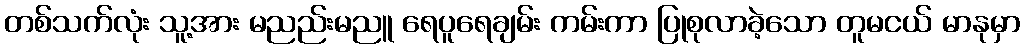
တစ်သက်လုံး သူ့အား မညည်းမညူ ရေပူရေချမ်း ကမ်းကာ ပြုစုလာခဲ့သော တူမငယ် မာနုမှာ